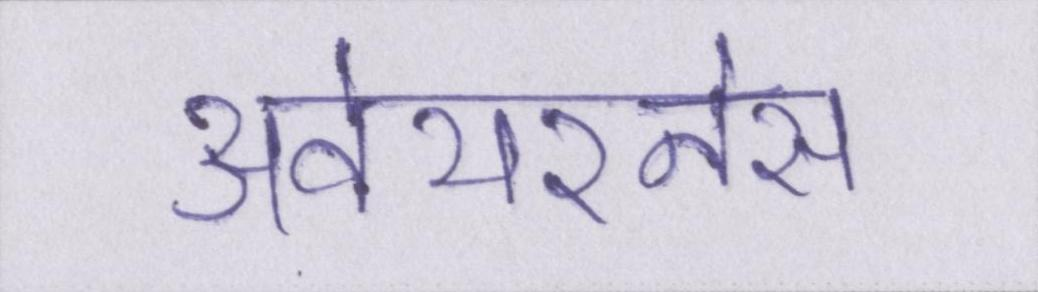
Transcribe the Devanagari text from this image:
अवेयरनेस